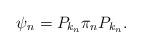
LaTeX: \begin{align*}\psi_n = P_{k_n}\pi_n P_{k_n}.\end{align*}